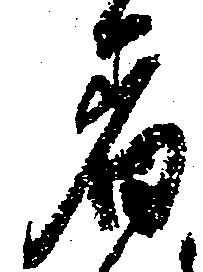
着